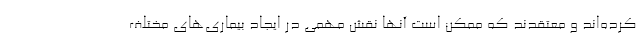
کرده‌اند و معتقدند که ممکن است آنها نقش مهمی در ایجاد بیماری‌های مختلف